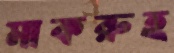
মাকরুহ